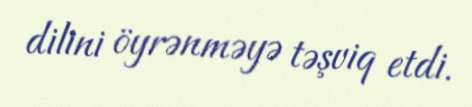
dilini öyrənməyə təşviq etdi.